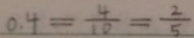
0 . 4 = \frac { 4 } { 1 0 } = \frac { 2 } { 5 }